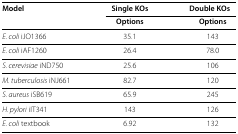
| Model | Single KOs | Double KOs |
 |  | Options | Options |
 | --- | --- | --- |
 | E. coli iJO1366 | 35.1 | 143 |
 | E. coli iAF1260 | 26.4 | 78.0 |
 | S. cerevisiae iND750 | 25.6 | 106 |
 | M. tuberculosis iNJ661 | 82.7 | 120 |
 | S. aureus iSB619 | 65.9 | 245 |
 | H. pylori iIT341 | 143 | 126 |
 | E. coli textbook | 6.92 | 132 |